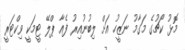
މޮޅު ކޯޗުގެ މަގާމު ނަޒީހު އަށް ލިބުނުއިރު ފެއާ ޕްލޭ ޓީމަކީ ވިކްޓަރީ